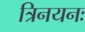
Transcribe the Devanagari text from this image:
त्रिनयनः